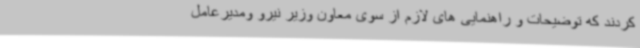
کردند که توضیحات و راهنمایی های لازم از سوی معاون وزیر نیرو ومدیرعامل